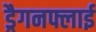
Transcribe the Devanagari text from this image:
ड्रैगनफ्लाई